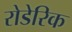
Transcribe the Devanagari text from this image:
रोडेरिक